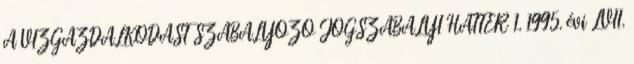
A VÍZGAZDÁLKODÁST SZABÁLYOZÓ JOGSZABÁLYI HÁTTÉR 1. 1995. évi LVII.